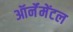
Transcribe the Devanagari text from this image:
ऑर्नॅमेंटल